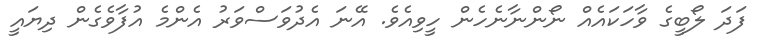
ފަދަ ލޯބީގެ ވާހަކައެއް ނޯންނާނެހެން ހީވިއެވެ. އޭނަ އެދުވަސްވަރު އެންމެ އުފާވެގެން ދިޔައީ